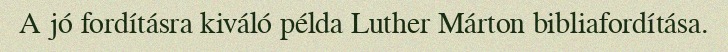
A jó fordításra kiváló példa Luther Márton bibliafordítása.